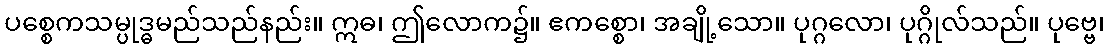
ပစ္စေကသမ္ပုဒ္ဓမည်သည်နည်း။ ဣဓ၊ ဤလောက၌။ ဧကစ္စော၊ အချို့သော။ ပုဂ္ဂလော၊ ပုဂ္ဂိုလ်သည်။ ပုဗ္ဗေ၊